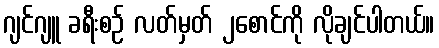
ဂျင်ဂျူ ခရီးစဉ် လတ်မှတ် ၂စောင်ကို လိုချင်ပါတယ်။